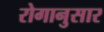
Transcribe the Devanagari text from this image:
रोगानुसार